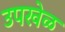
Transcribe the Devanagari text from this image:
उपखेळ